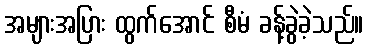
အများအပြား ထွက်အောင် စီမံ ခန့်ခွဲခဲ့သည်။